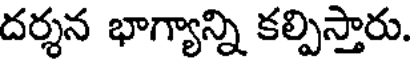
దర్శన భాగ్యాన్ని కల్పిస్తారు.